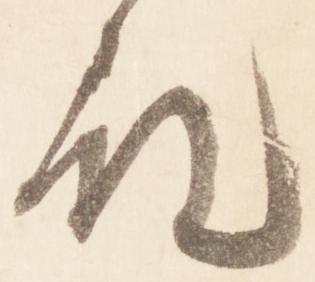
殿